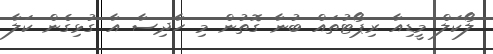
ލޯކަލް މީޑިއާ ރިޕޯޓުތައް ބުނާ ގޮތުން މި ހާދިސާ އާ ގުޅިގެން ކަލާ